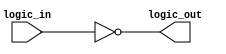
module open_drain_inverter (
    input wire logic_in,
    output wire logic_out
);

assign logic_out = ~logic_in; 

endmodule